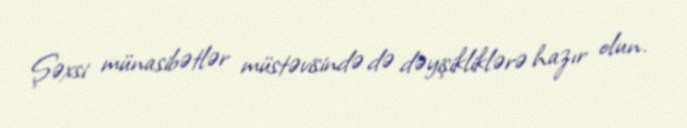
Şəxsi münasibətlər müstəvisində də dəyişikliklərə hazır olun.